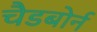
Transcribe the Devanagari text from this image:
चैडबोर्न